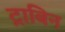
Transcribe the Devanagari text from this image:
ट्राबिन